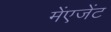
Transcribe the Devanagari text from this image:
मेंएजेंट